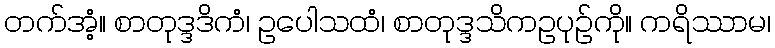
တက်အံ့။ စာတုဒ္ဒဒိကံ၊ ဥပေါသထံ၊ စာတုဒ္ဒသိကဥပုဉ်ကို။ ကရိဿာမ၊